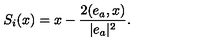
S _ { i } ( x ) = x - \frac { 2 ( e _ { a } , x ) } { | e _ { a } | ^ { 2 } } .